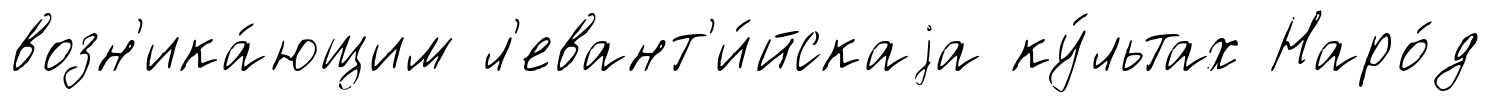
возн'ика́ющим л'евант'и́йскаjа ку́льтах Наро́д